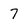
Character: 7